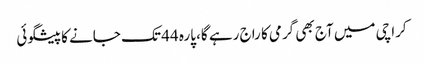
کراچی میں آج بھی گرمی کا راج رہے گا، پارہ 44 تک جانے کا پیشگوئی